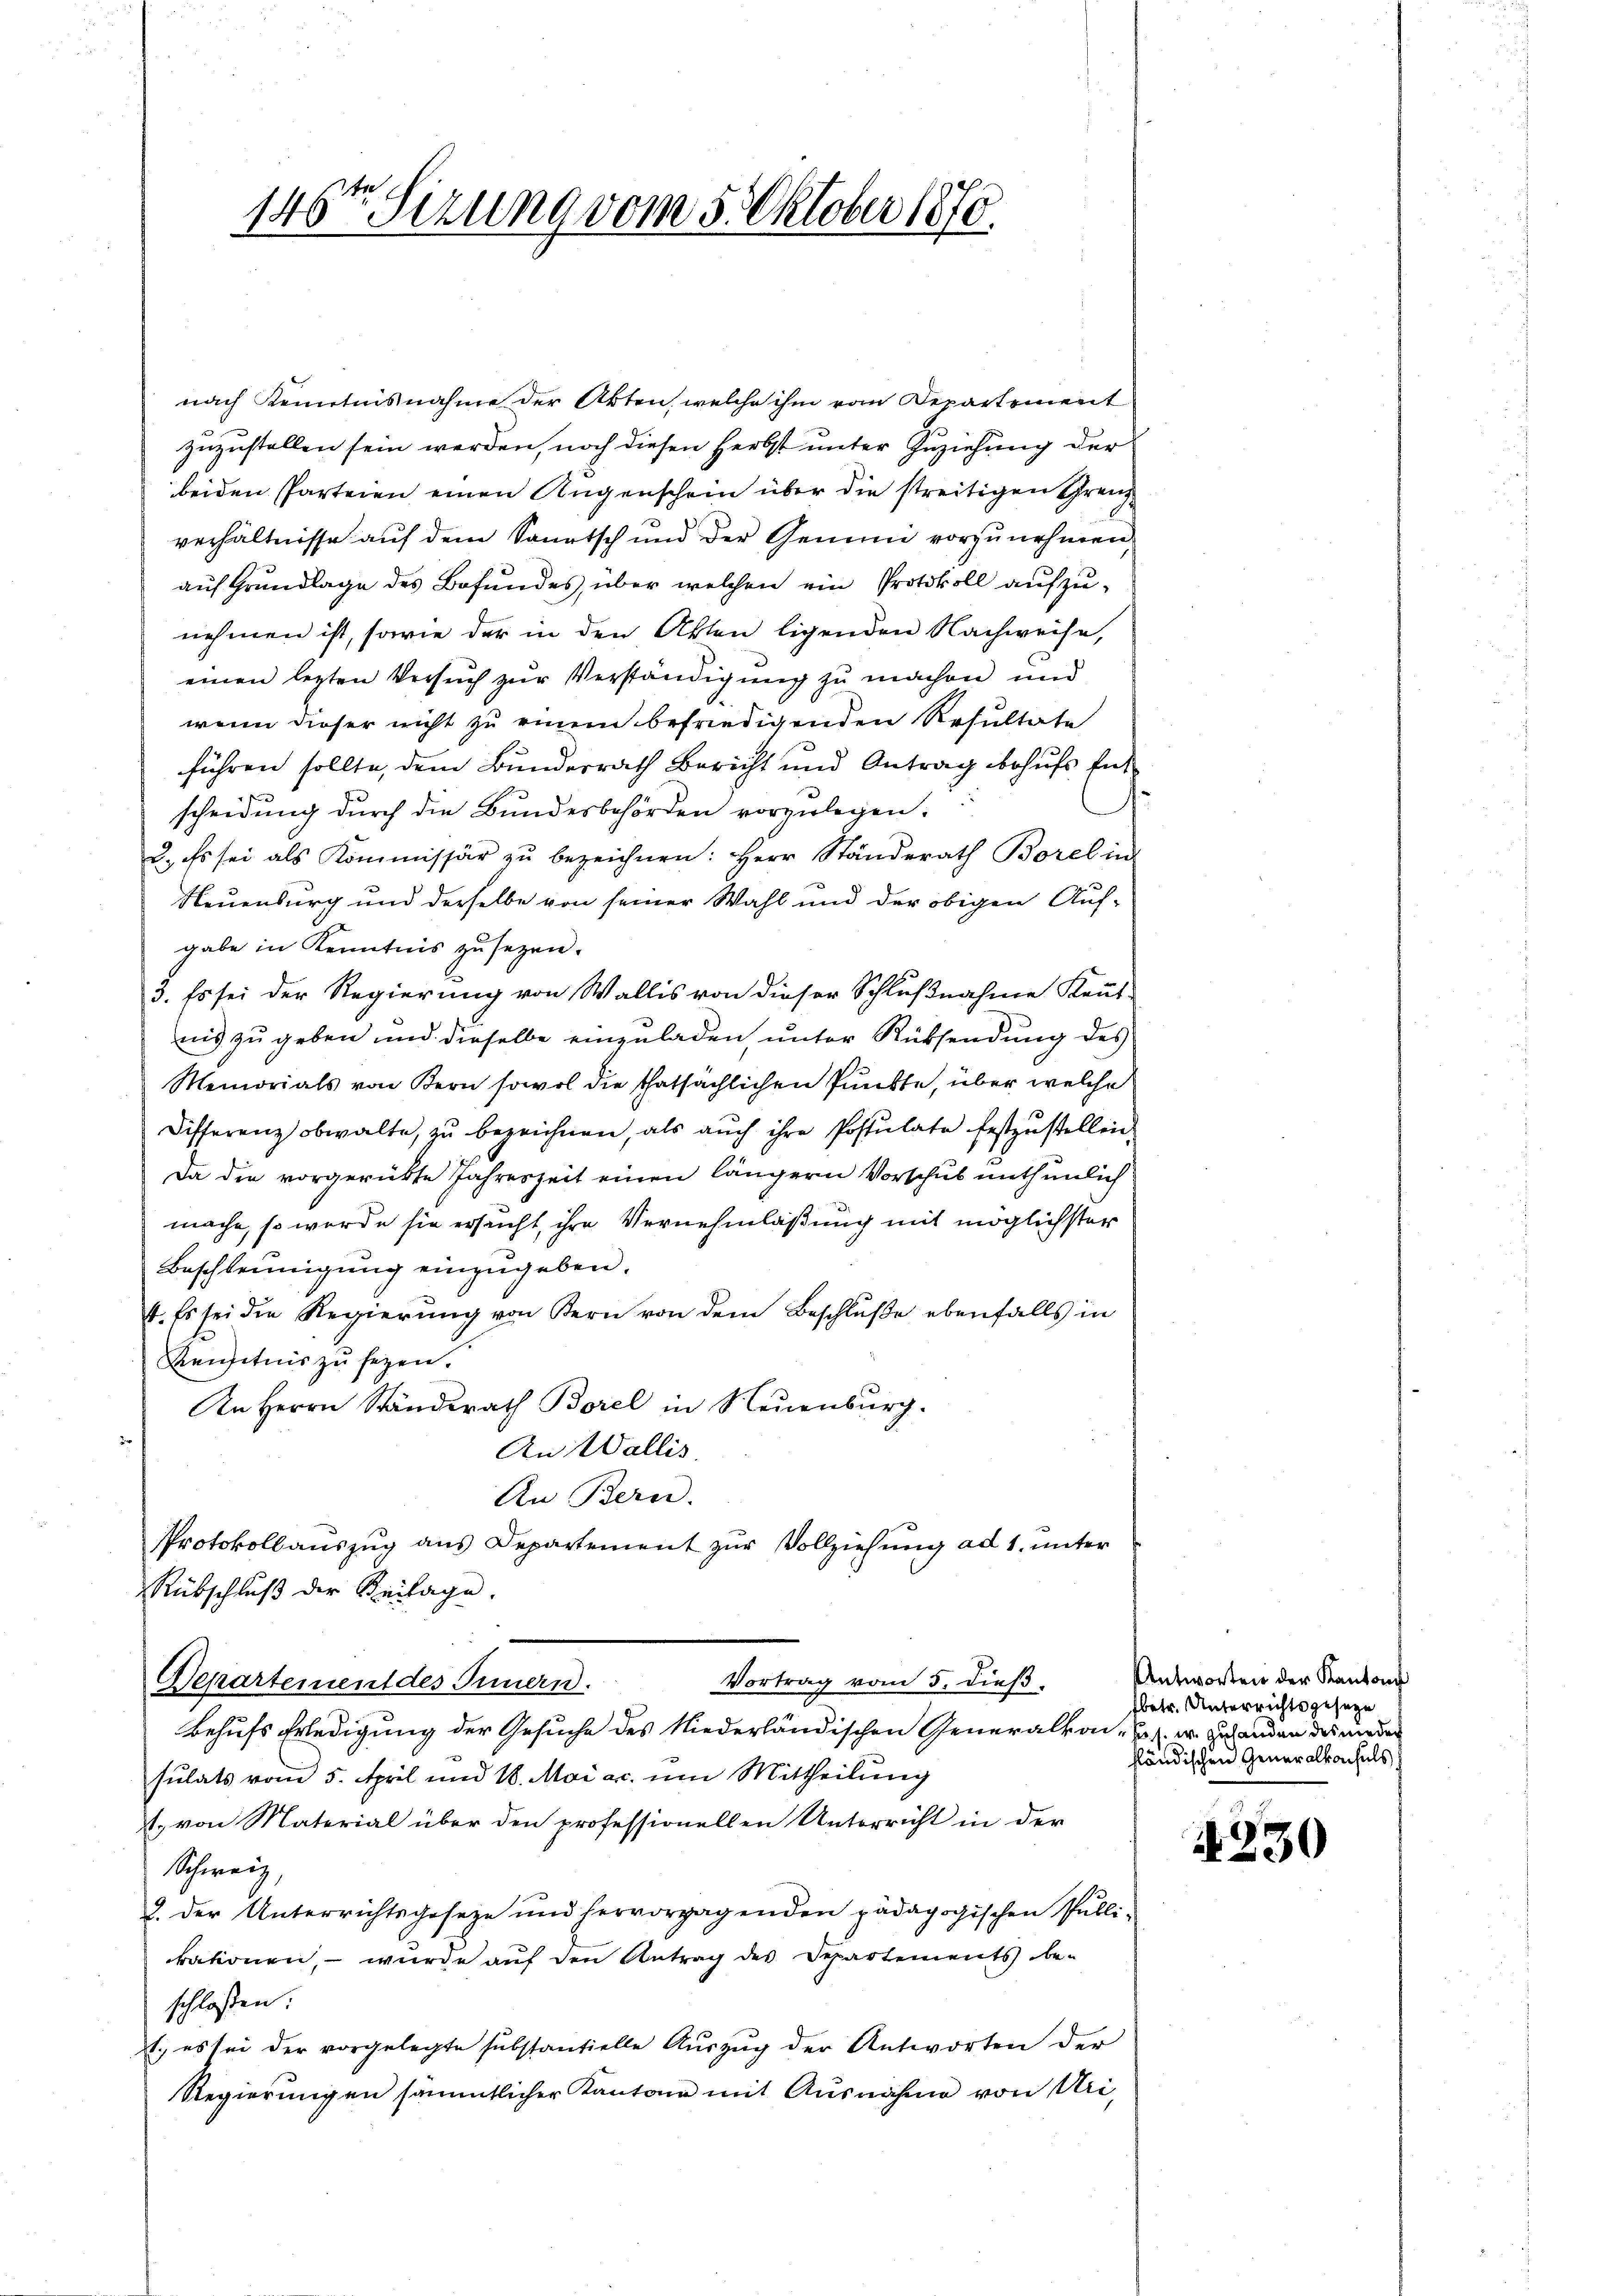
146ten Sizung vom 5. Oktober 1870.

nach Kenntnisnahme der Akten, welche ihm vom Departement
zuzustellen sein werden, noch diesen Herbst unter Zuziehung der
beiden Parteien einen Augenschein über die streitigen Grenzverhältnisse auf dem Sonntsch und der Gemeind vorzunehmen,
auf Grundlage des Befundes, über welchen ein Protokoll aufzunehmen ist, sowie der in den Akten ligenden Nachweise,
einen lezten Versuch zur Verständigung zu machen und
wenn dieser nicht zu einem befriedigenden Resultate
führen sollte, dem Bunderrath Bericht und Antrag behufs Ent
.
scheidung durch die Bundesbehörden vorzulegen.
2. Es sei als Kommissär zŭ bezeichnen: Herr Ständerath Borel in
Neuenburg und derselbe von seiner Wahl und der obigen Aufgabe in Kenntnis zu sezen.
3. Es sei der Regierung von Wallis von dieser Schlußnahme Kennt-
nis zu geben und dieselbe einzuladen, unter Rücksendung des
Memorials von Bern sowol die thatsächlichen Punkte, über welche
Differenz obwalte, zŭ bezeichnen, als aŭch ihre Postulate festzŭstellen
Da die vorgerübte Jahreszeit einen längern Vorschub unthunlich
mache, so werde sie ersucht, ihre Vernehmlaßung mit möglichster
Beschleunigŭng einzŭgeben.
f. Es sei die Regierŭng von Kern von dem Beschluße ebenfalls in
Kenntnis zu sezen.
An Herrn Ständerath Borel in Neuenburg.
An Wallis
An Bern.
Protokoll aŭszŭg aŭs Departement zŭr Vollziehŭng ad 1. unter
Rübschluß der Beilage.
Vortrag vom 5. dieß.
Departement des Innern.
Behufs Erledigung der Gesuche des Niederländischen Generalkon - u. s. w. zu handen des moder
sulats vom 5. April und 18. Mai ac. um Mittheilung
1. von Material über den professionellen Unterricht in der
Schweiz,
2. Der Unterrichtsgeseze und hervorgegenden pädagogischen Publi-
kationen, – wurde auf den Antrag des Departements beschlossen:
1., es sei der vorgelegte substantielle Aŭszŭg der Antworten der
Regierungen sämmtlicher Kantone mit Ausnahme von Uri,

Antworten der Kantons
fbetr. Unterrichtsgeseze
fländischen Generalkonsuls

4330